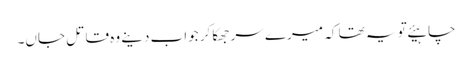
چاہیئے تو یہ تھا کہ میرے سر جھکا کر جواب دینے وہ قاتل جاں۔